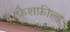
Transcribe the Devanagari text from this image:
फ्रेशफ़ील्ड